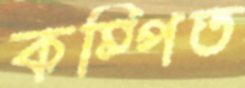
কম্পিত